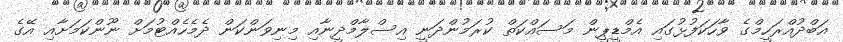
އަބްދުއްރަހީމްގެ ވާހަކަފުޅުގައި އެމްޑީޕީން މަސައްކަތް ކުރަމުންދަނީ އިސްލާމްދީނާއި މިނިވަންކަން ދެމެހެއްޓުމަށް ނޫންކަމަށާއި އޭގެ